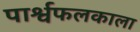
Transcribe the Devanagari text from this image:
पार्श्वफलकाला